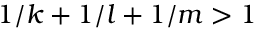
1 / k + 1 / l + 1 / m > 1